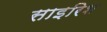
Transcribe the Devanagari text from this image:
साइरिश